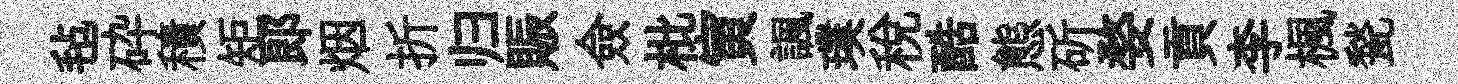
毡砕積矩郎烟折归賑僉枇寅諷璞税酷態斫婺貢李楓甃